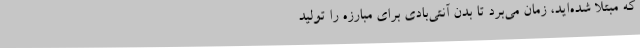
که مبتلا شده‌اید، زمان می‌برد تا بدن آنتی‌بادی برای مبارزه را تولید